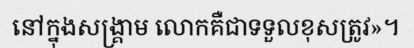
នៅក្នុងសង្គ្រាម លោកគឺជាទទួលខុសត្រូវ»។